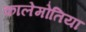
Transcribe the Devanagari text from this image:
कालेमोतिया